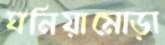
ঘনিয়ামোড়া